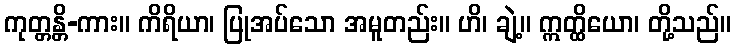
ကုတ္တန္တိ-ကား။ ကိရိယာ၊ ပြုအပ်သော အမူတည်း။ ဟိ၊ ချဲ့။ ဣတ္ထိယော၊ တို့သည်။